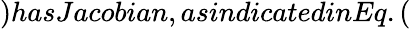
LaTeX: )hasJacobian,asindicatedinEq.(